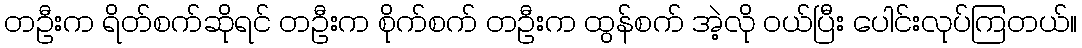
တဦးက ရိတ်စက်ဆိုရင် တဦးက စိုက်စက် တဦးက ထွန်စက် အဲ့လို ဝယ်ပြီး ပေါင်းလုပ်ကြတယ်။